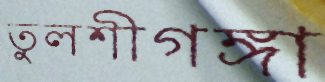
তুলশীগঙ্গা